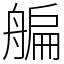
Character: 艑